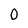
Character: 0